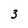
Character: 3